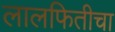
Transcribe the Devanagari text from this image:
लालफितीचा